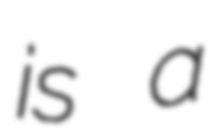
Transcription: is a